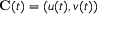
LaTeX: \mathbf { C } ( t ) = ( u ( t ) , v ( t ) )